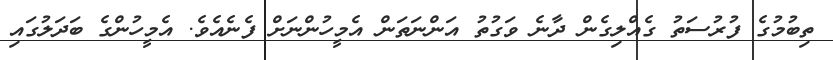
ތިބުމުގެ ފުރުސަތު ގެއްލިގެން ދާނެ ވަގުތު އަންނަތަން އެމީހުންނަށް ފެނެއެވެ. އެމީހުންގެ ބަދަލުގައި